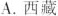
A. 西藏